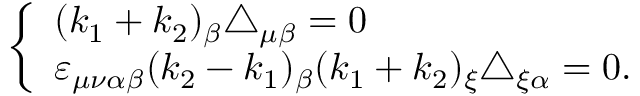
\left\{ \begin{array} { l } { { ( k _ { 1 } + k _ { 2 } ) _ { \beta } \triangle _ { \mu \beta } = 0 } } \\ { { \varepsilon _ { \mu \nu \alpha \beta } ( k _ { 2 } - k _ { 1 } ) _ { \beta } ( k _ { 1 } + k _ { 2 } ) _ { \xi } \triangle _ { \xi \alpha } = 0 . } } \end{array} \right.